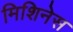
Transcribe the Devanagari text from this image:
मिशिनेस